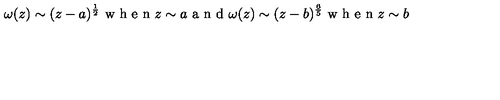
\qquad \omega ( z ) \sim ( z - a ) ^ { \frac { 1 } { 2 } } \makebox { w h e n } z \sim a \makebox { a n d } \omega ( z ) \sim ( z - b ) ^ { \frac { 6 } { 5 } } \makebox { w h e n } z \sim b